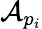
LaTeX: \mathcal{A}_{p_{i}}